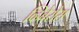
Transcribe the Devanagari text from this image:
व्हिवेरोस